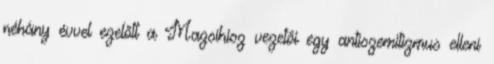
néhány évvel ezelőtt a Mazsihisz vezetői egy antiszemitizmus elleni